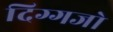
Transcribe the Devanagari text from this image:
दिग्गजो